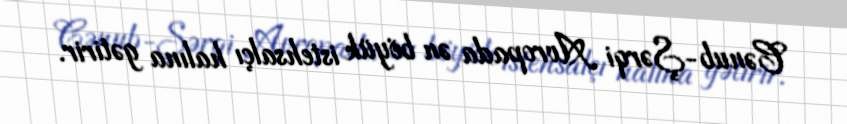
Cənub-Şərqi Avropada ən böyük istehsalçı halına gətirir.